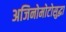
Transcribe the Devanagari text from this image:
अजिनोमोटोसुद्धा